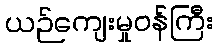
ယဉ်ကျေးမှုဝန်ကြီး